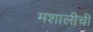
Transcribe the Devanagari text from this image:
मशालीची